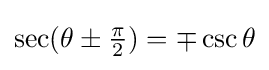
\sec(\theta \pm {\tfrac {\pi }{2}})=\mp \csc \theta